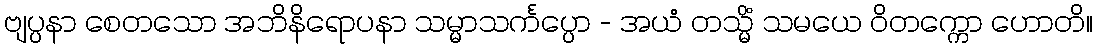
ဗျပ္ပနာ စေတသော အဘိနိရောပနာ သမ္မာသင်္ကပ္ပော - အယံ တသ္မိံ သမယေ ဝိတက္ကော ဟောတိ။